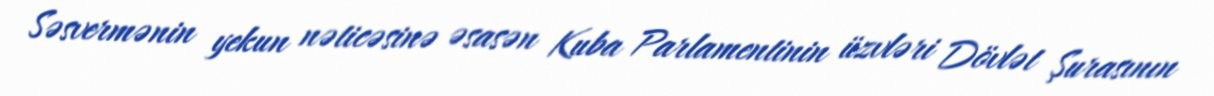
Səsvermənin yekun nəticəsinə əsasən Kuba Parlamentinin üzvləri Dövlət Şurasının